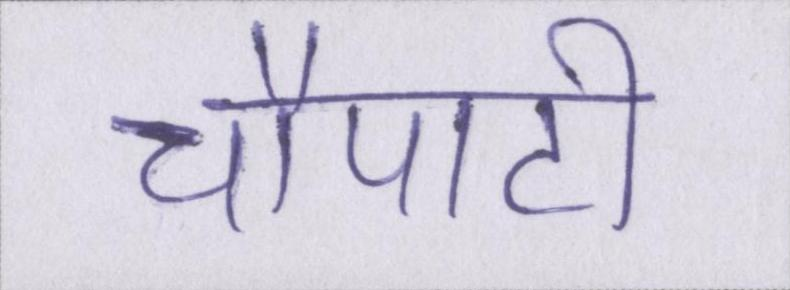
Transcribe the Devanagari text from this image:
चौपाटी